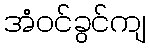
အံဝင်ခွင်ကျ